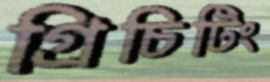
গ্রিচিটিং